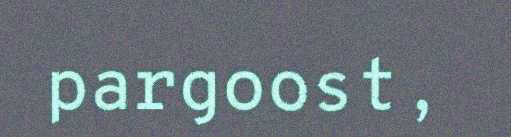
pargoost,